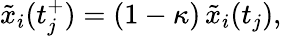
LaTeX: \tilde{x}_{i}(t_{j}^{+})=(1-\kappa)\, \tilde{x}_{i}(t_{j}),